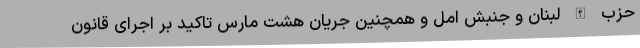
حزب الله لبنان و جنبش امل و همچنین جریان هشت مارس تاکید بر اجرای قانون